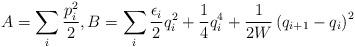
LaTeX: \begin{align*}A = \sum_i \frac{p_i^2}{2}, B = \sum_i \frac{\epsilon_i}{2}q_i^2 + \frac{1}{4}q_i^4 + \frac{1}{2W}\left(q_{i+1} - q_i\right)^2\end{align*}